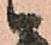
い